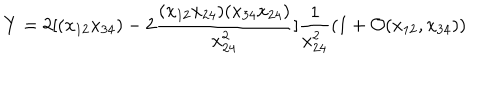
Y = 2 [ ( x _ { 1 2 } x _ { 3 4 } ) - 2 \frac { ( x _ { 1 2 } x _ { 2 4 } ) ( x _ { 3 4 } x _ { 2 4 } ) } { x _ { 2 4 } ^ { 2 } } ] \frac { 1 } { x _ { 2 4 } ^ { 2 } } ( 1 + \mathcal { O } ( x _ { 1 2 } , x _ { 3 4 } ) )